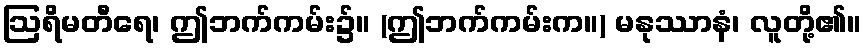
ဩရိမတီရေ၊ ဤဘက်ကမ်း၌။ (ဤဘက်ကမ်းက။) မနုဿာနံ၊ လူတို့၏။